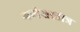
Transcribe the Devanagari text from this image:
गणेशस्तोत्र